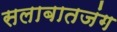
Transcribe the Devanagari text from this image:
सलाबातजंग